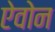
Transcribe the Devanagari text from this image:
ऐवोन